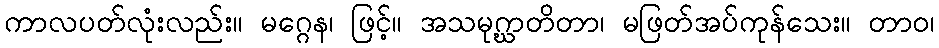
ကာလပတ်လုံးလည်း။ မဂ္ဂေန၊ ဖြင့်။ အသမုဂ္ဃာတိတာ၊ မဖြတ်အပ်ကုန်သေး။ တာဝ၊